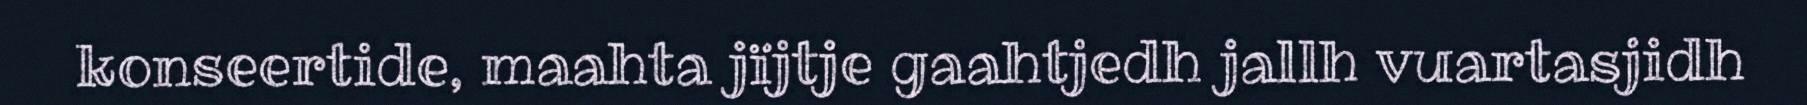
konseertide, maahta jïjtje gaahtjedh jallh vuartasjidh